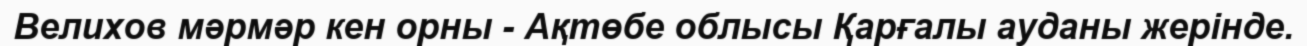
Велихов мәрмәр кен орны - Ақтөбе облысы Қарғалы ауданы жерінде.